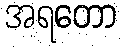
အရတော